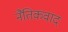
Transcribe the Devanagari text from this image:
नैतिकवाद